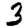
Digit: 3